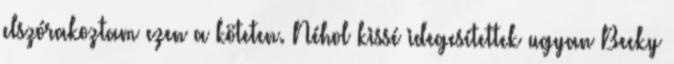
elszórakoztam ezen a köteten. Néhol kissé idegesítettek ugyan Becky